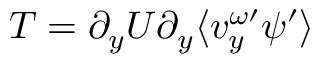
T = \partial _ { y } U \partial _ { y } \langle v _ { y } ^ { \omega \prime } \psi ^ { \prime } \rangle